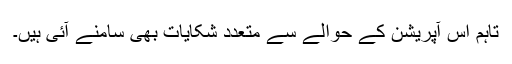
تاہم اس آپریشن کے حوالے سے متعدد شکایات بھی سامنے آئی ہیں۔